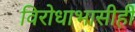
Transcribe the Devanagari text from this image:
विरोधाभासीही